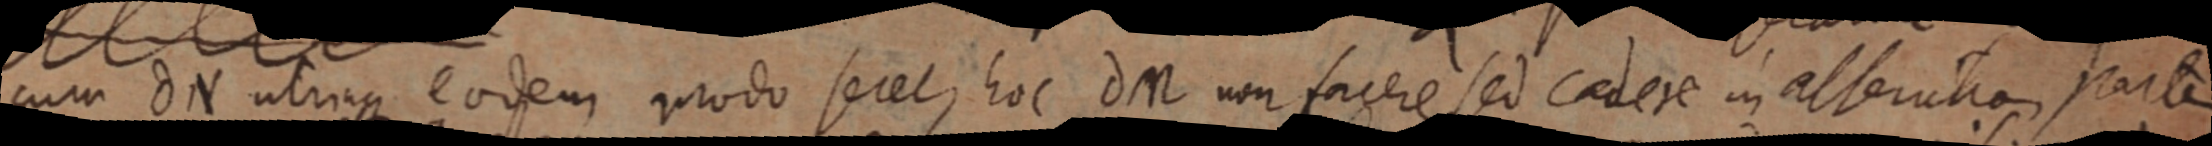
cum d N utriaque eodem modo secelu hoc dM non facere sed cadere in alterutio partes